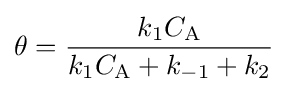
\theta ={\frac {k_{1}C_{\mathrm {A} }}{k_{1}C_{\mathrm {A} }+k_{-1}+k_{2}}}